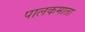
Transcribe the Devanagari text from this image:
पालकमाता